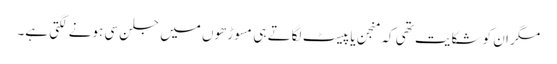
مگر ان کو شکایت تھی کہ منجن یا پیسٹ لگاتے ہی مسوڑھوں میں جلن سی ہونے لگتی ہے۔